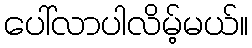
ပေါ်လာပါလိမ့်မယ်။